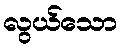
လွယ်သော